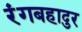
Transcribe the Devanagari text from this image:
रंगबहादुर